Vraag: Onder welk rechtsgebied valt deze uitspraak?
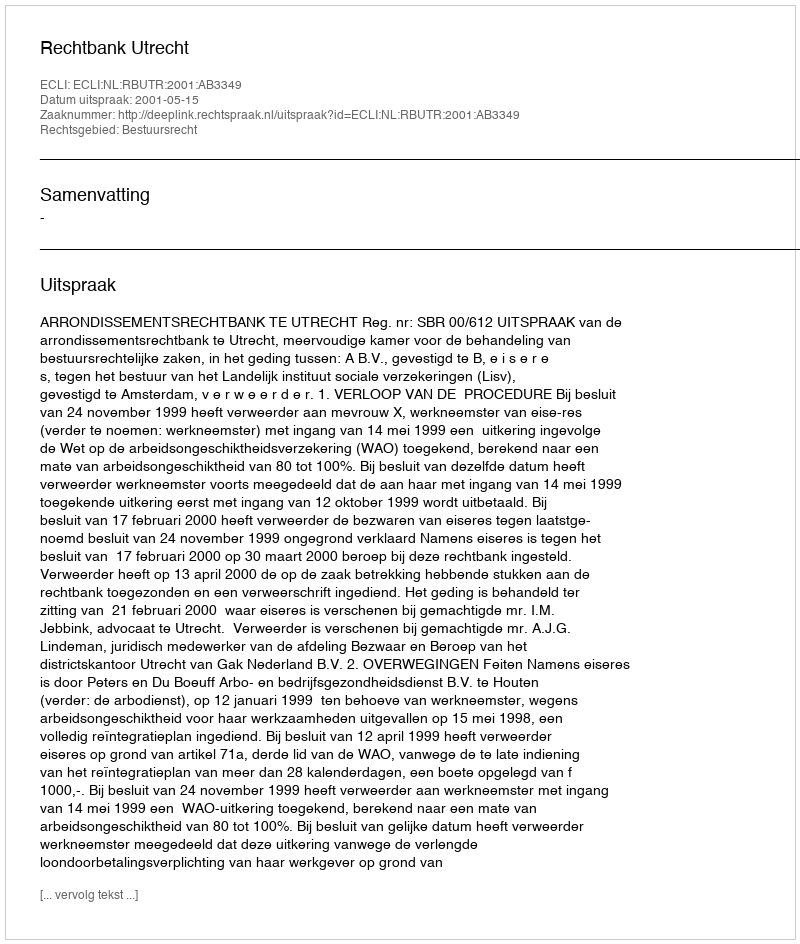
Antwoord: Bestuursrecht